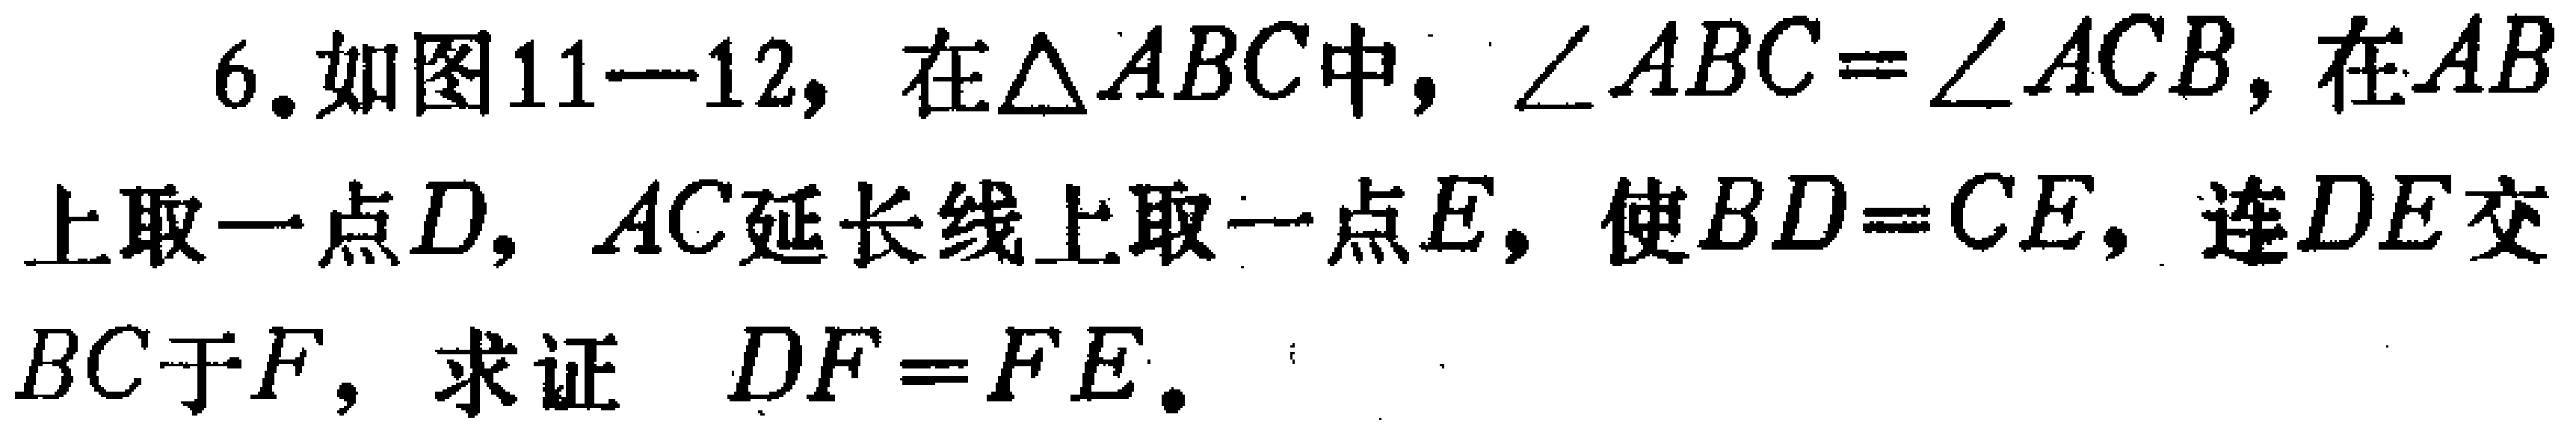
6. 如图11—12，在\(\triangle ABC\)中，\(\angle ABC = \angle ACB\)，在\(AB\)上取一点\(D\)，\(AC\)延长线上取一点\(E\)，使\(BD = CE\)，连\(DE\)交\(BC\)于\(F\)，求证 \(DF = FE\)。